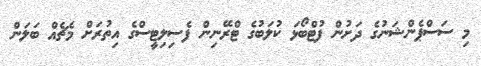
މި ސަސްޕެންޝަނުގެ ދަށުން ފުޓްބޯޅަ ކުލަބުގެ ޓްރޭނިން ފެސިލިޓީސްގެ އިތުރަށް މެޗެއް ބަލަން